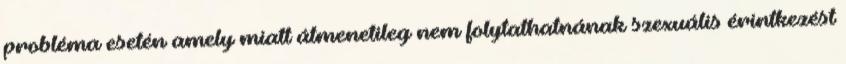
probléma esetén amely miatt átmenetileg nem folytathatnának szexuális érintkezést